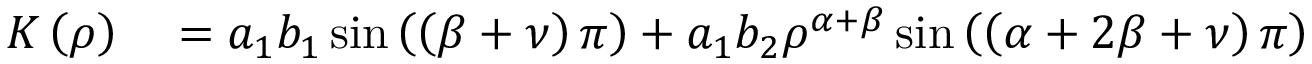
\begin{array} { r l } { K \left( \rho \right) } & { { } = a _ { 1 } b _ { 1 } \sin \left( \left( \beta + \nu \right) \pi \right) + a _ { 1 } b _ { 2 } \rho ^ { \alpha + \beta } \sin \left( \left( \alpha + 2 \beta + \nu \right) \pi \right) } \end{array}